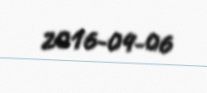
2016-04-06